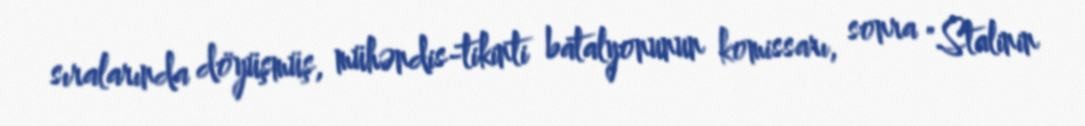
sıralarında döyüşmüş, mühəndis-tikinti batalyonunun komissarı, sonra "Stalinin